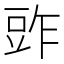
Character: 𧯤